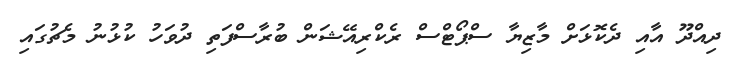
ދިއްދޫ އާއި ދެކޮޅަށް މާޒިޔާ ސްޕޯޓްސް ރެކްރިއޭޝަން ބުރާސްފަތި ދުވަހު ކުޅުނު މެޗުގައި